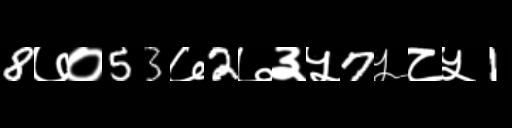
Text: 8७०53७2७३५7५८५1